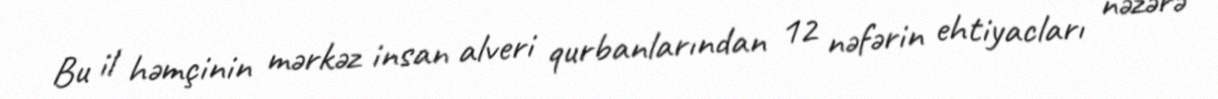
Bu il həmçinin mərkəz insan alveri qurbanlarından 12 nəfərin ehtiyacları nəzərə